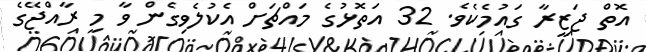
އޮތް ޖަޒީރާ ގައުމެކެވެ. 32 އަތޮޅުގެ މައްޗަށް އެކުލެވިގެން ވާ މި ރާއްޖޭގެ